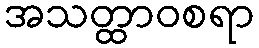
အသတ္ထာဝစရာ